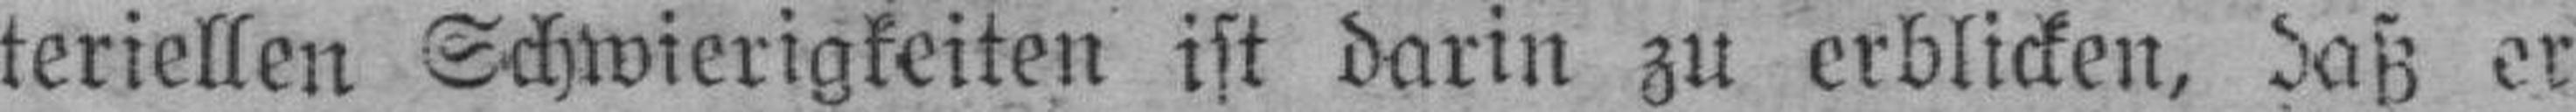
teriellen Schwierigkeiten ist darin zu erblicken, daß er